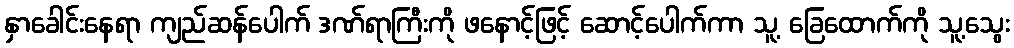
နှာခေါင်းနေရာ ကျည်ဆန်ပေါက် ဒဏ်ရာကြီးကို ဖနောင့်ဖြင့် ဆောင့်ပေါက်ကာ သူ့ ခြေထောက်ကို သူ့သွေး